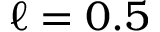
\ell = 0 . 5